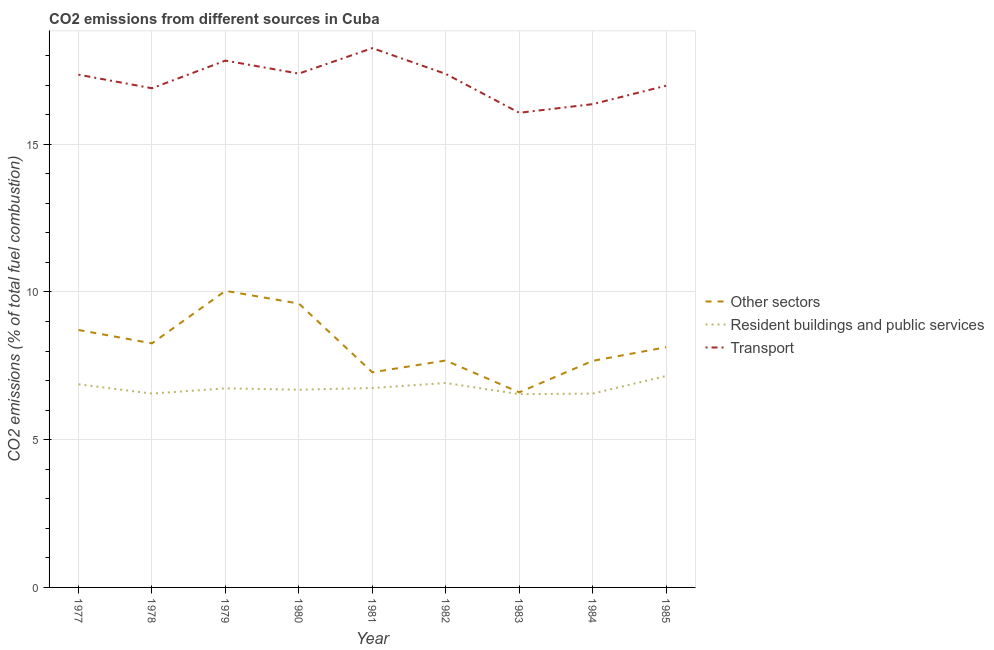
| Year | Other sectors | Resident buildings and public services | Transport |
 | --- | --- | --- | --- |
 | 1977 | 8.71 | 6.88 | 17.4 |
 | 1978 | 8.26 | 6.56 | 16.9 |
 | 1979 | 10 | 6.74 | 17.8 |
 | 1980 | 9.61 | 6.69 | 17.4 |
 | 1981 | 7.28 | 6.75 | 18.3 |
 | 1982 | 7.68 | 6.92 | 17.4 |
 | 1983 | 6.6 | 6.54 | 16.1 |
 | 1984 | 7.67 | 6.56 | 16.4 |
 | 1985 | 8.13 | 7.16 | 17 |